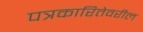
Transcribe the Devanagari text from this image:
पत्रकारितेवरील